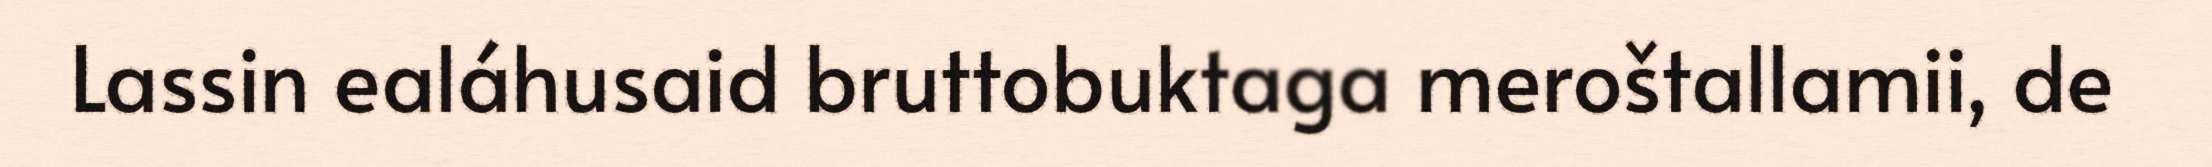
Lassin ealáhusaid bruttobuktaga meroštallamii, de